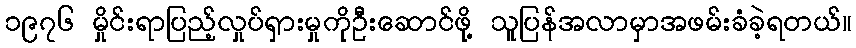
၁၉၇၆ မှိုင်းရာပြည့်လှုပ်ရှားမှုကိုဦးဆောင်ဖို့ သူပြန်အလာမှာအဖမ်းခံခဲ့ရတယ်။